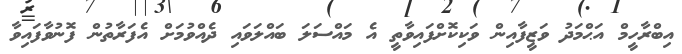
އިބްރާހީމް އަޙްމަދު ވަޒީފާއިން ވަކިކޮށްފައިވާތީ އެ މައްސަލަ ބައްލަވައި ދެއްވުމަށް އެފަރާތުން ފޮނުވާފައިވާ